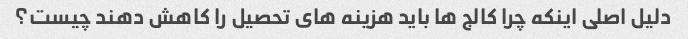
دلیل اصلی اینکه چرا کالج ها باید هزینه های تحصیل را کاهش دهند چیست؟